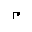
Letter: _mim